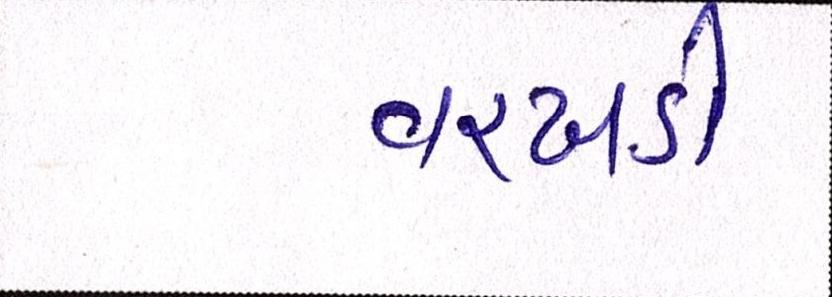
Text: વરખડી